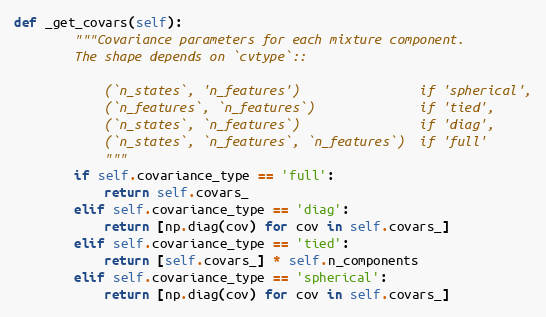
Language: Python
def _get_covars(self):
        """Covariance parameters for each mixture component.
        The shape depends on `cvtype`::

            (`n_states`, 'n_features')                if 'spherical',
            (`n_features`, `n_features`)              if 'tied',
            (`n_states`, `n_features`)                if 'diag',
            (`n_states`, `n_features`, `n_features`)  if 'full'
            """
        if self.covariance_type == 'full':
            return self.covars_
        elif self.covariance_type == 'diag':
            return [np.diag(cov) for cov in self.covars_]
        elif self.covariance_type == 'tied':
            return [self.covars_] * self.n_components
        elif self.covariance_type == 'spherical':
            return [np.diag(cov) for cov in self.covars_]